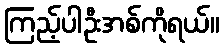
ကြည့်ပါဦးအစ်ကိုရယ်။